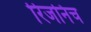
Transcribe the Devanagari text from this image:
रिजनिच